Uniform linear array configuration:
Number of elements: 4
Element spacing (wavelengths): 0.75
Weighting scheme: uniform
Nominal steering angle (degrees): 45
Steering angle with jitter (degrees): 43.416
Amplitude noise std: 0.05
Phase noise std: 0.05

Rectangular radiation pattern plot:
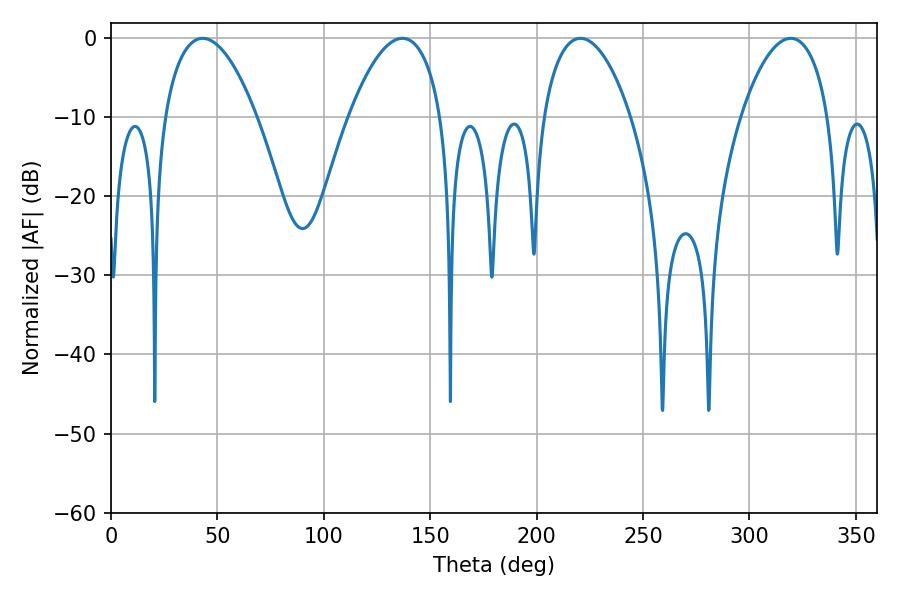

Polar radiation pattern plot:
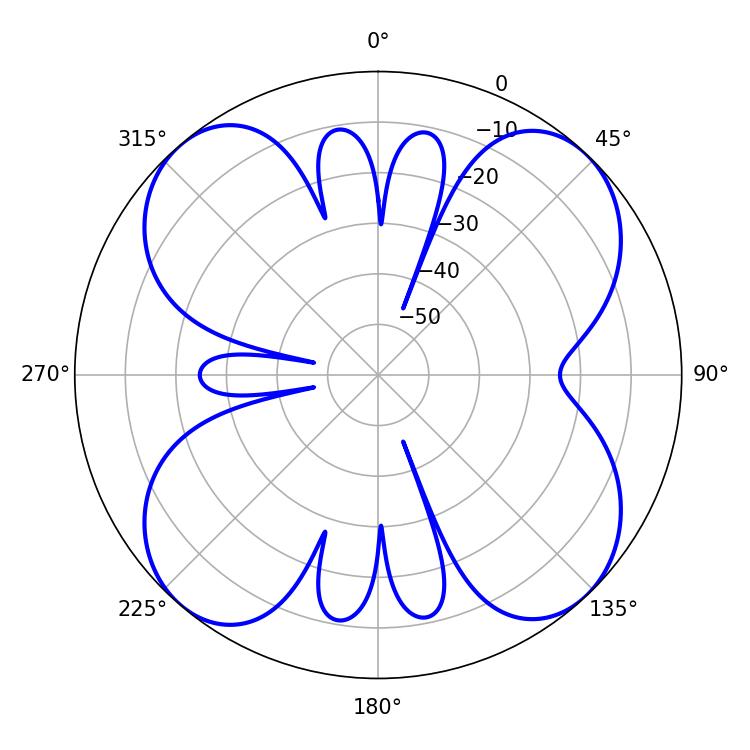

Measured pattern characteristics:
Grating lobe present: TRUE
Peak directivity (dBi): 14.947
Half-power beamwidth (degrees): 24.12
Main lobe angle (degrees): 43.02